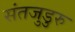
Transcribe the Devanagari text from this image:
संतजुडुरु